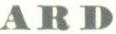
ARD